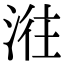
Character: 𣶂